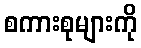
စကားစုများကို